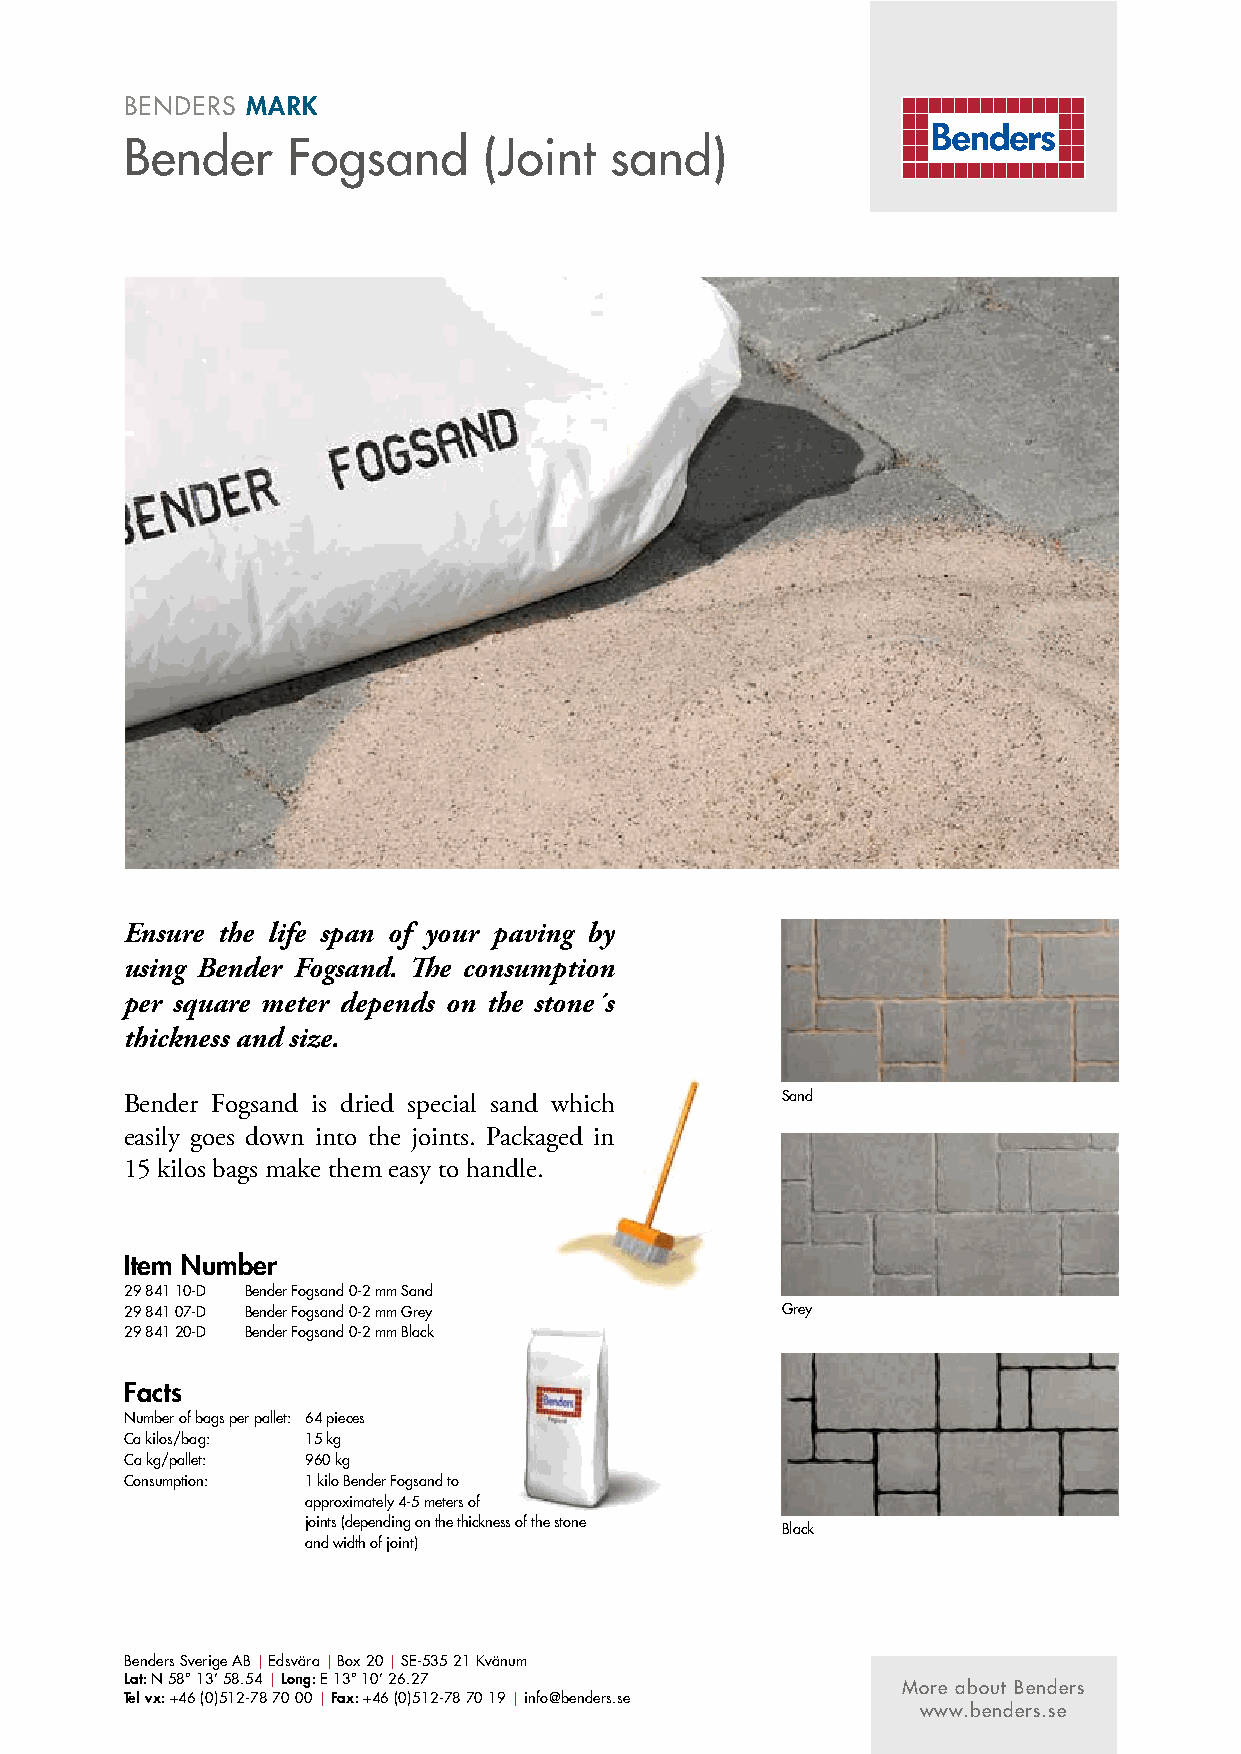
BENDERS MARK
 Bender     Fogsand      (Joint  sand)
 Ensure the life span of your paving by
 using Bender Fogsand. The consumption
 per square meter depends on the stone´s
 thickness and size.
 Bender Fogsand is dried special sand which  Sand
 easily goes down into the joints. Packaged in
 15 kilos bags make them easy to handle.
 Item Number
 29 841 10-D Bender Fogsand 0-2 mm Sand
 29 841 07-D Bender Fogsand 0-2 mm Grey      Grey
 29 841 20-D Bender Fogsand 0-2 mm Black
 Facts
 Number of bags per pallet: 64 pieces
 Ca kilos/bag: 15 kg
 Ca kg/pallet: 960 kg
 Consumption: 1 kilo Bender Fogsand to
 approximately 4-5 meters of
 joints (depending on the thickness of the stone
 Black
 and width of joint)
 Benders Sverige AB | Edsvära | Box 20 | SE-535 21 Kvänum
 Lat: N 58° 13’ 58.54 | Long: E 13° 10’ 26.27
 More about Benders
 Tel vx: +46 (0)512-78 70 00 | Fax: +46 (0)512-78 70 19 | info@benders.se
 www.benders.se